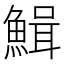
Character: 𩹫